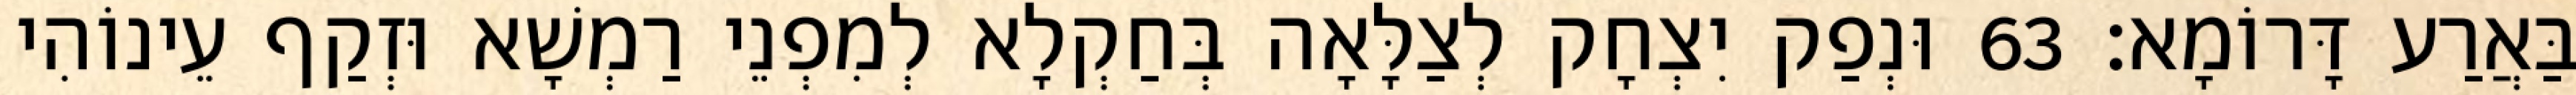
בַּאֲרַע דָּרוֹמָא׃ 63 וּנְפַק יִצְחָק לְצַלָּאָה בְּחַקְלָא לְמִפְנֵי רַמְשָׁא וּזְקַף עֵינוֹהִי